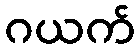
ဂယက်